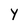
Character: y